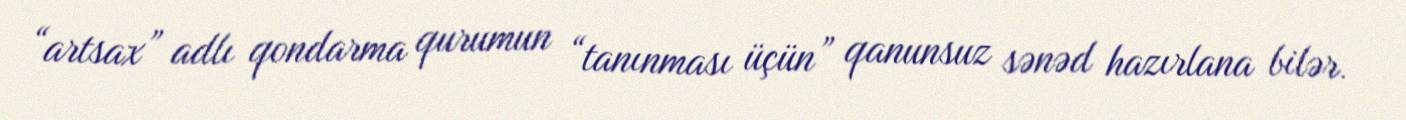
“artsax” adlı qondarma qurumun “tanınması üçün” qanunsuz sənəd hazırlana bilər.